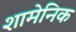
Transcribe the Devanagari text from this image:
शामेनिक